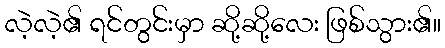
လဲ့လဲ့၏ ရင်တွင်းမှာ ဆို့ဆို့လေး ဖြစ်သွား၏။